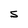
Character: S